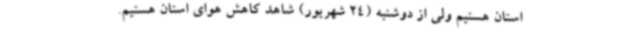
استان هستیم ولی از دوشنبه (24 شهریور) شاهد کاهش هوای استان هستیم.